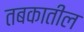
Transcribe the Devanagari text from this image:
तबकातील